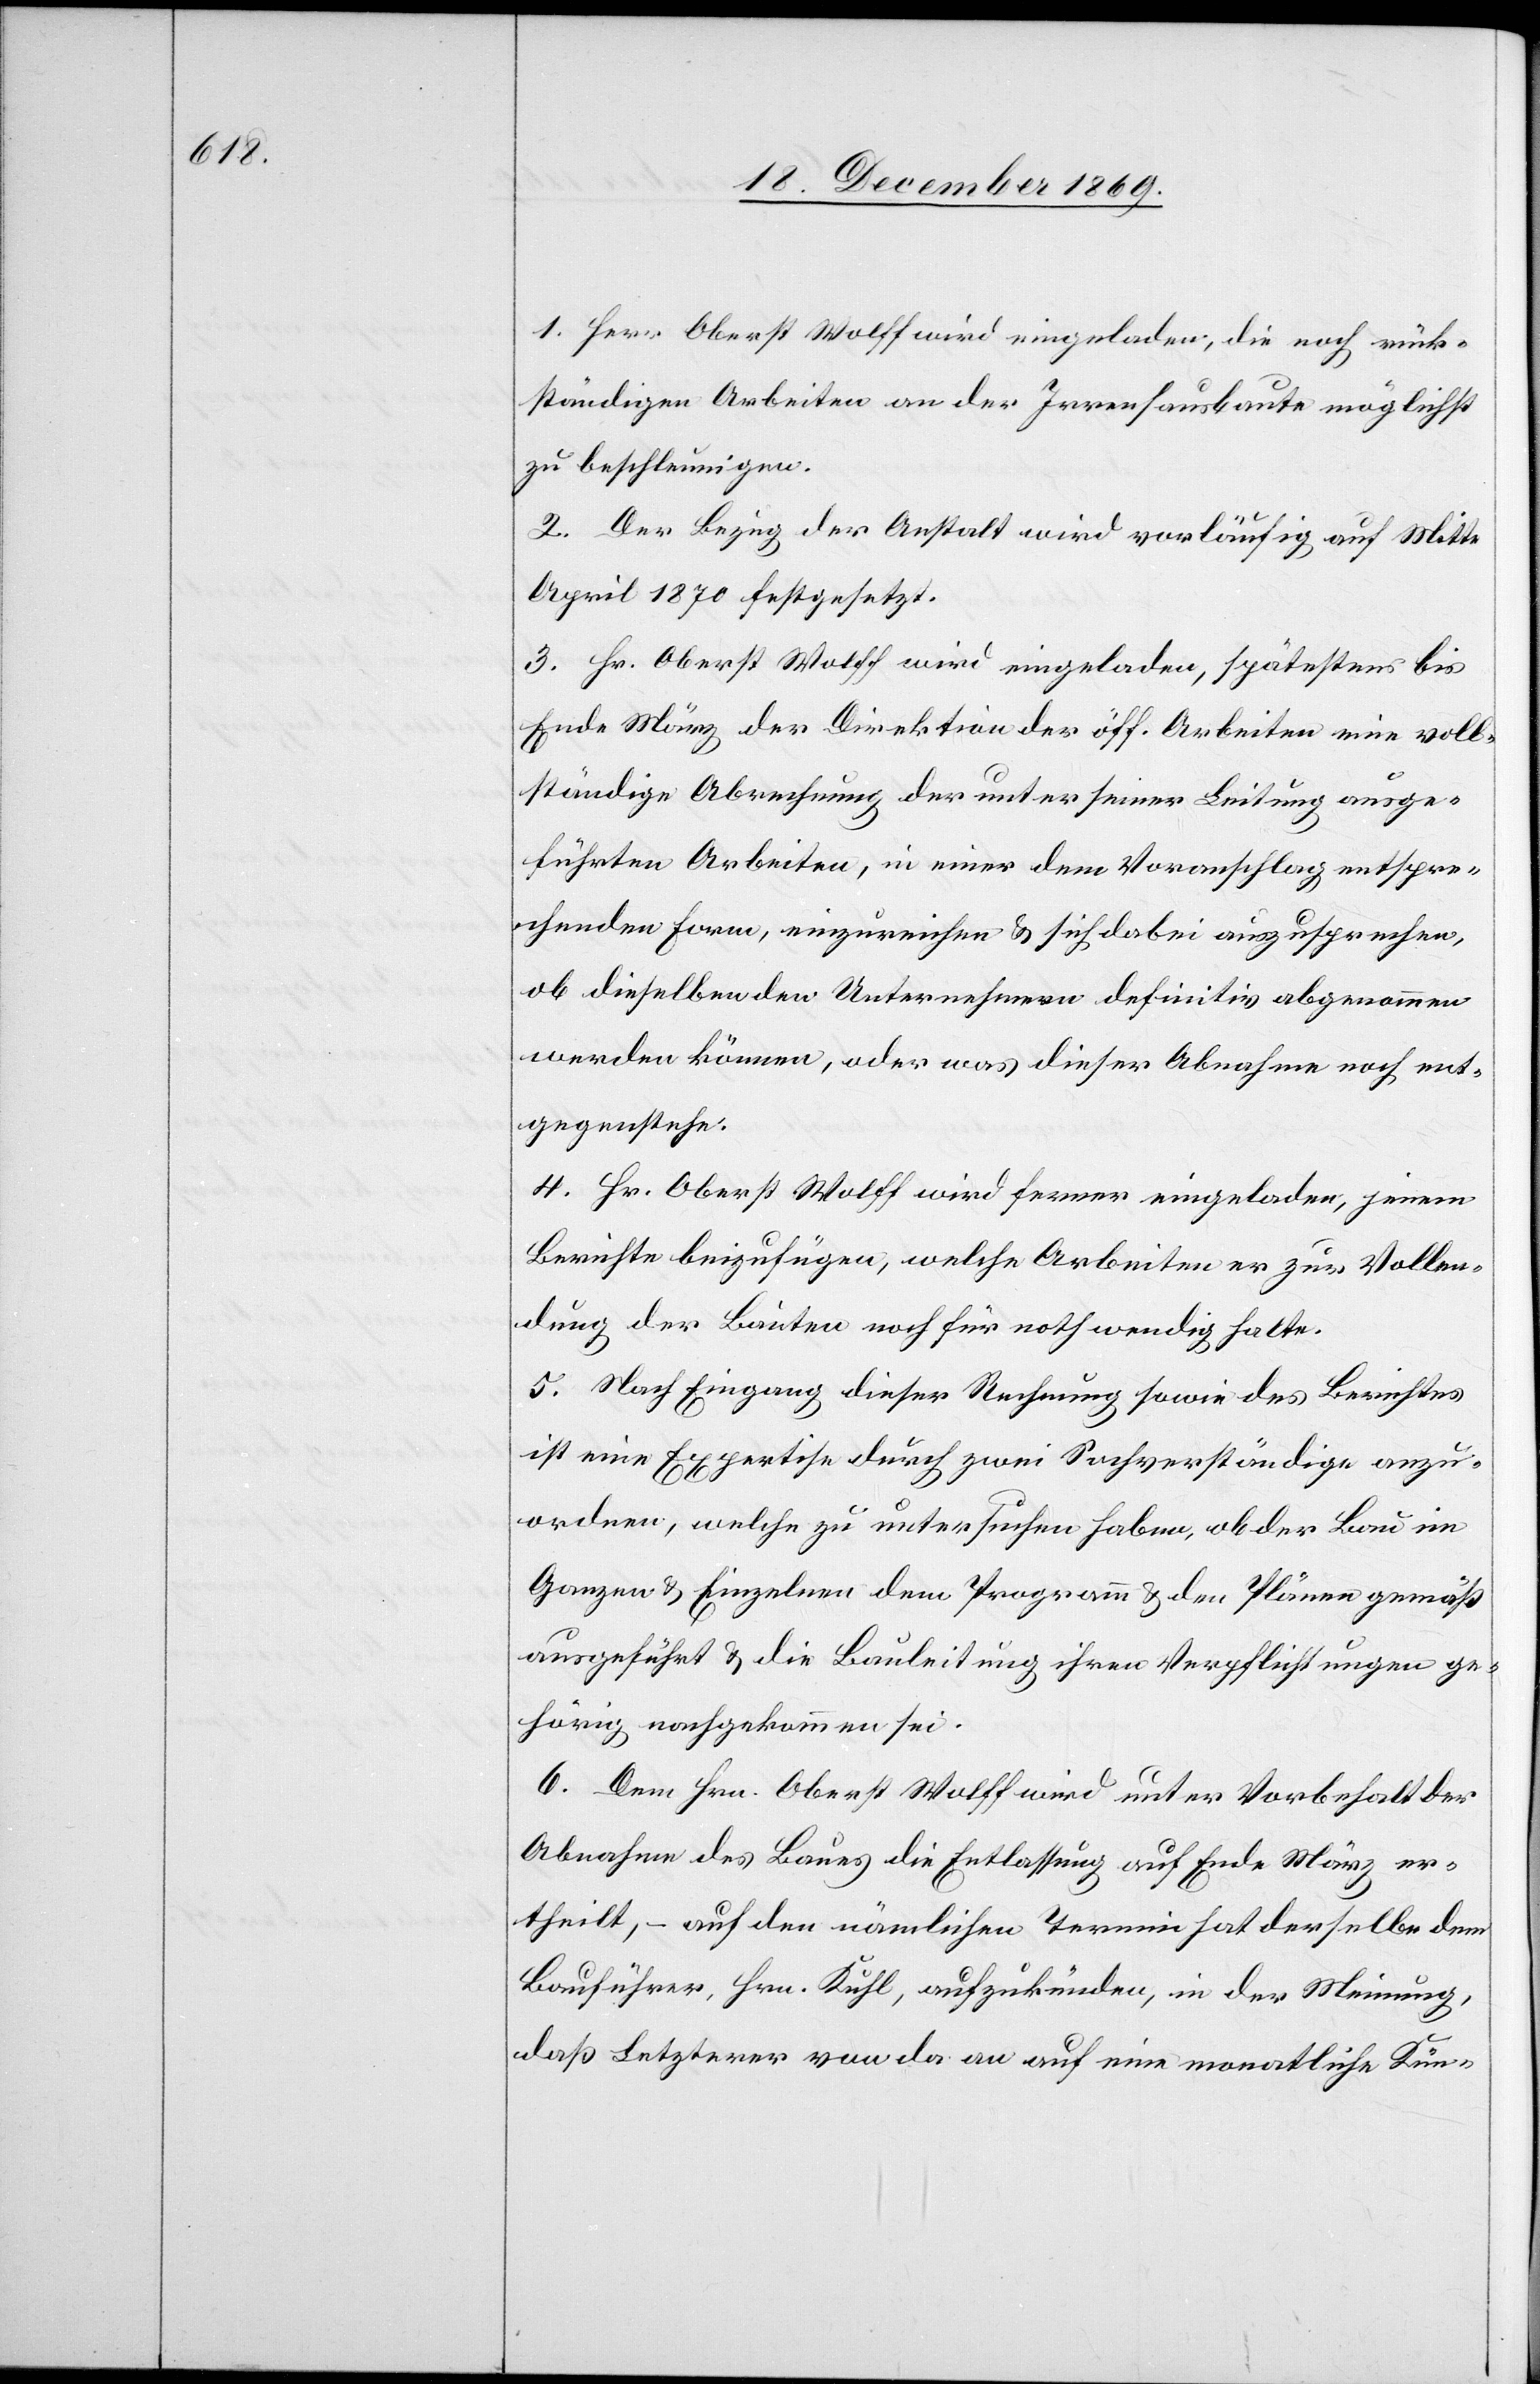
1. Herr Oberst Wolff wird eingeladen, die noch rück¬
ständigen Arbeiten an der Irrenhausbaute möglichst
zu beschleunigen.
2. Der Bezug der Anstalt wird vorläufig auf Mitte
April 1870 festgesetzt.
3. Hr. Oberst Wolff wird eingeladen, spätestens bis
Ende März der Direktion der öff. Arbeiten eine voll¬
ständige Abrechnung der unter seiner Leitung ausge¬
führten Arbeiten, in einer dem Voranschlag entspre¬
chenden Form, einzureichen & sich dabei auszusprechen,
ob dieselben den Unternehmern definitiv abgenommen
werden können, oder was dieser Abnahme noch ent¬
gegenstehe.
4. Hr. Oberst Wolff wird ferner eingeladen, jenem
Berichte beizufügen, welche Arbeiten er zur Vollen¬
dung der Bauten noch für nothwendig halte.
5. Nach Eingang dieser Rechnung sowie des Berichtes
ist eine Expertise durch zwei Sachverständige anzu¬
ordnen, welche zu untersuchen haben, ob der Bau im
Ganzen & Einzelnen dem Programm & den Plänen gemäß
ausgeführt & die Bauleitung ihren Verpflichtungen ge¬
hörig nachgekommen sei.
6. Dem Hrn. Oberst Wolff wird unter Vorbehalt der
Abnahme des Baues die Entlassung auf Ende März er¬
theilt, – auf den nämlichen Termin hat derselbe dem
Bauführer, Hrn. Kuhl, aufzukünden, in der Meinung,
daß Letzterer von da an auf eine monatliche Kün-